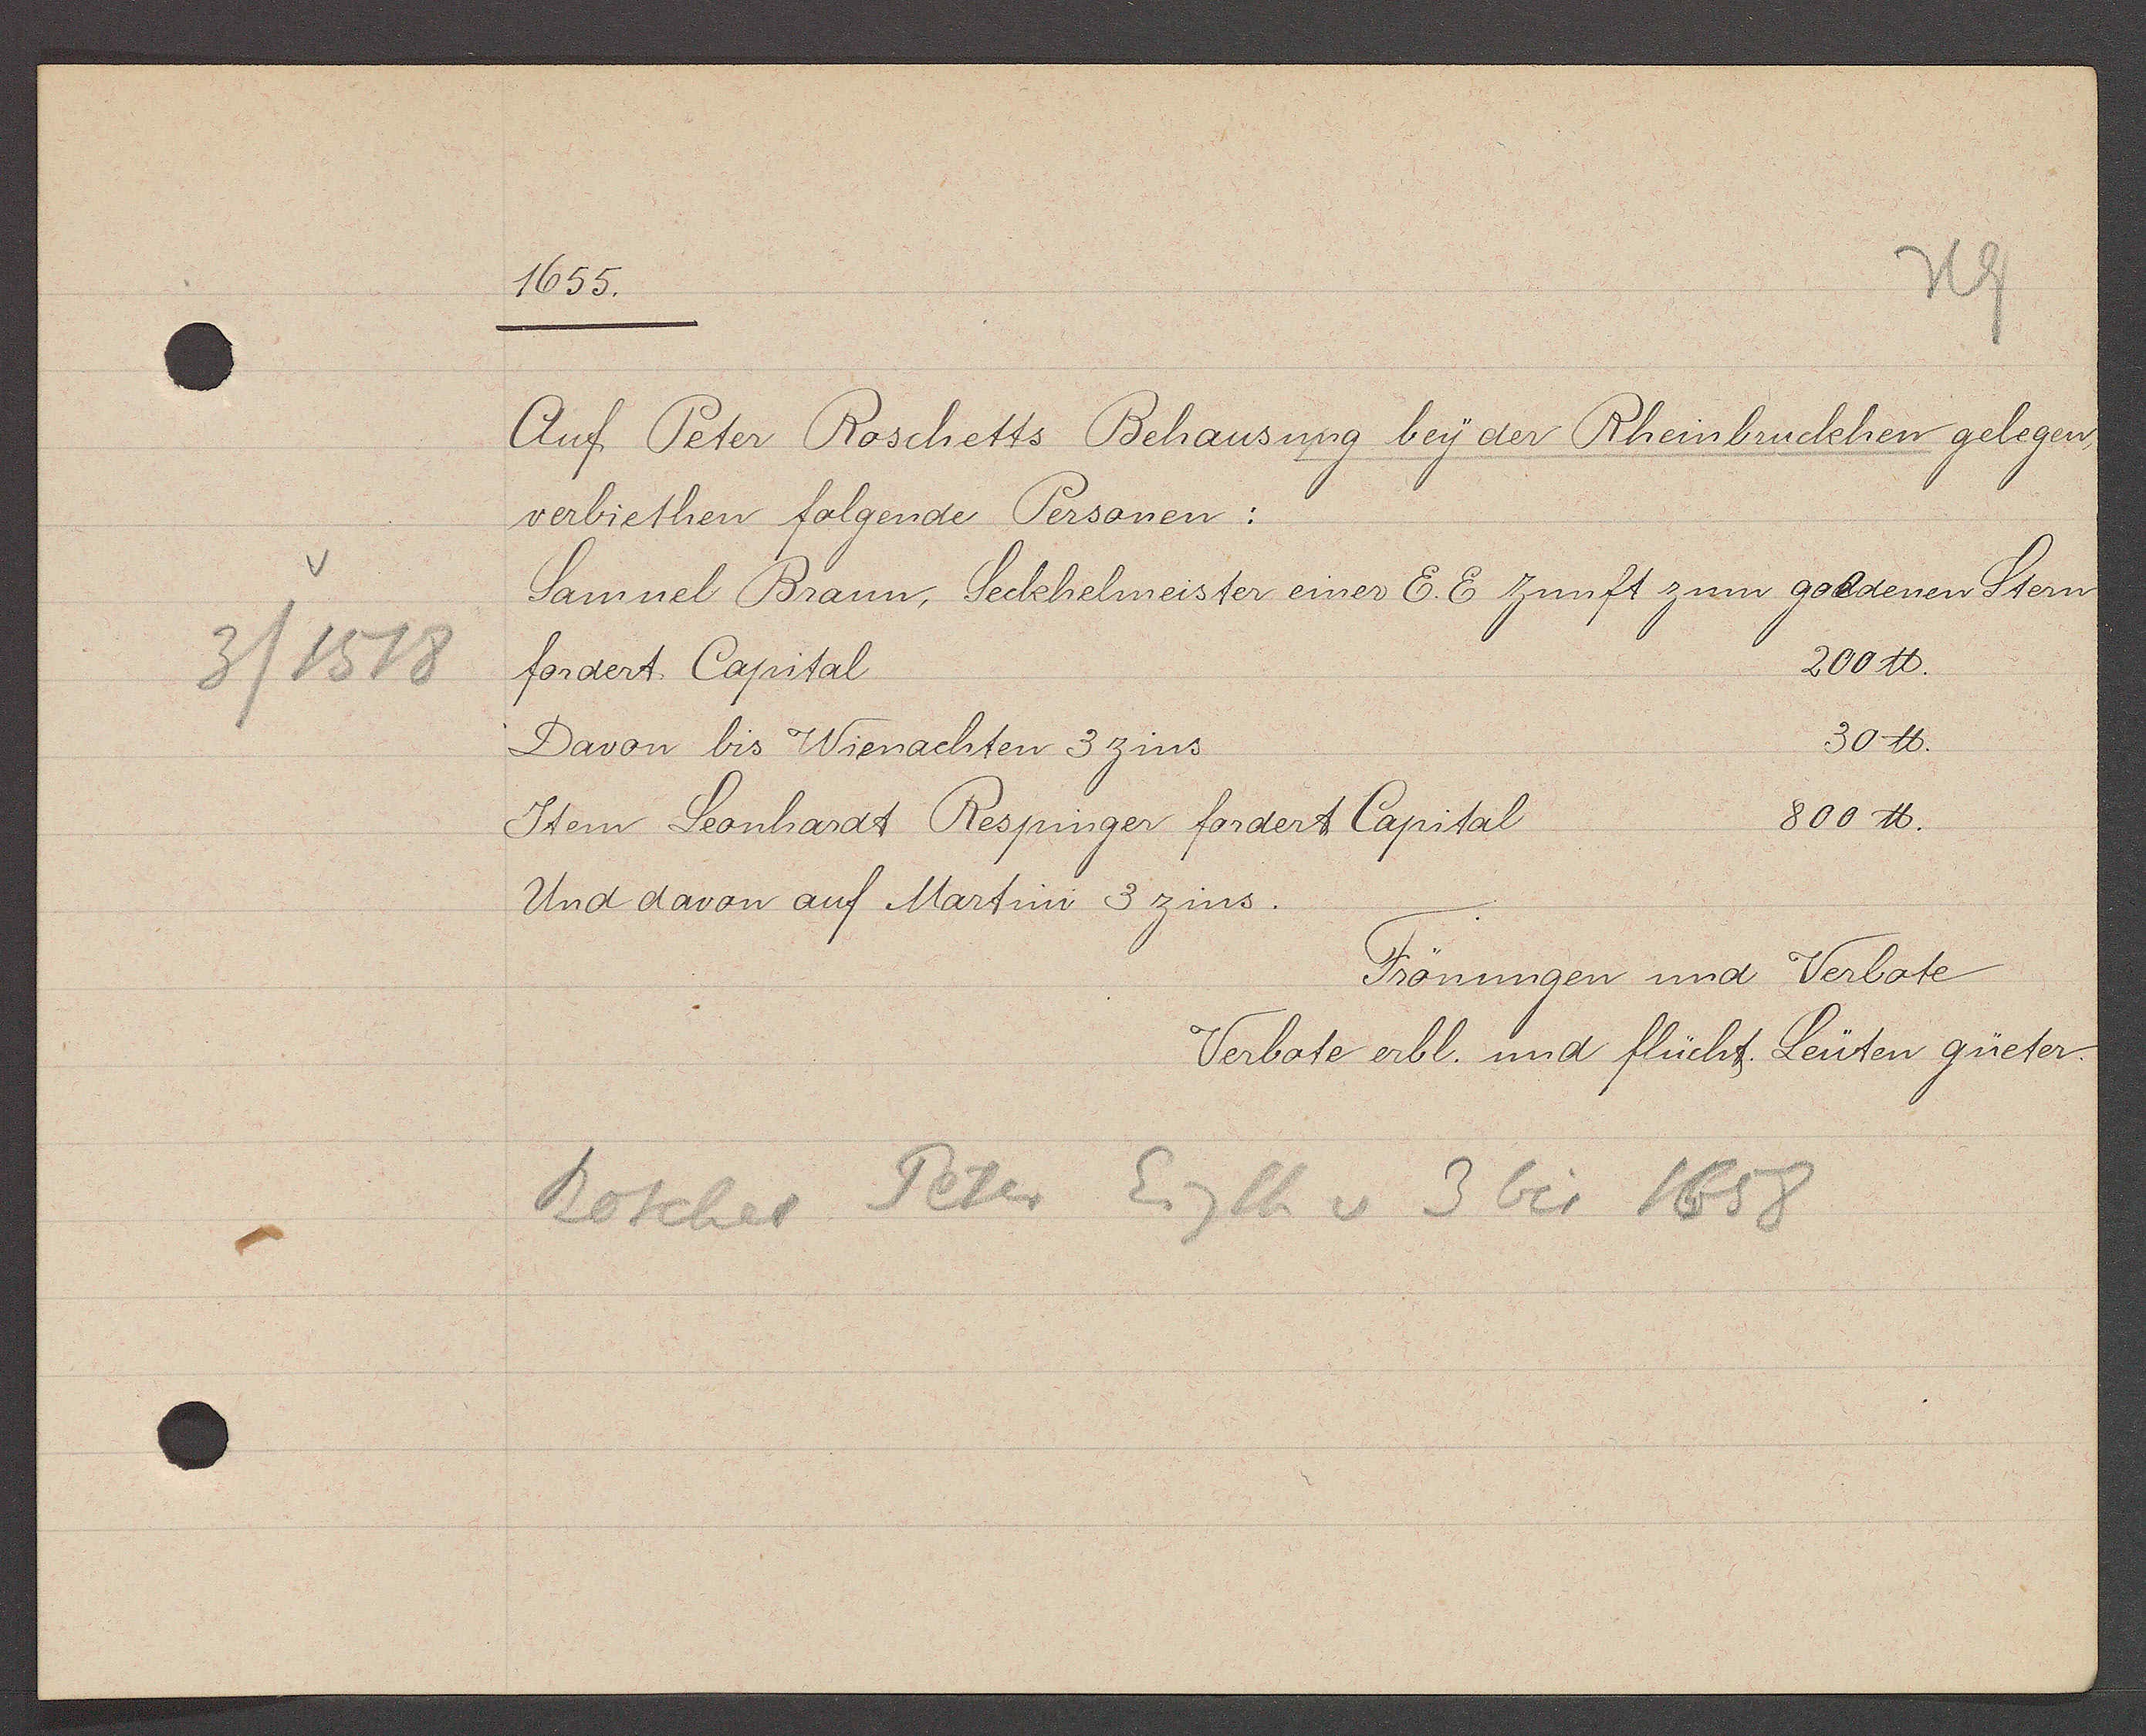
Transcript:
3 / 1518

1655.
Auf Peter Roschetts Behausung bey der Rheinbruckhen gelegen,
verbiethen folgende Personen:
Samuel Braun, Seckhelmeister einer E.E Zunft zum goldenen Stern
200 ℔.
fordert Capital
30 ℔.
Davon bis Wienachten 3 zins
800 ℔.
Stern Leonhardt Respinger fordert Capital
Und davon auf Martini 3 zins.
Frönungen und Verbote
Verbote erbl. und flücht. Leüten güeter
Roschet Peter Eigth v 3 bis 1658